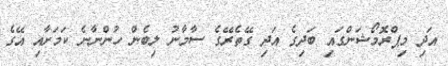
އަދި މިޕްރޮމޯޝަންގައި ބަދިގެ އަދި ގޭތެރޭގެ ސާމާނު ލިބެން ހުންނާނެ ކަމަށާއި އޭގެ